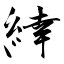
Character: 緈